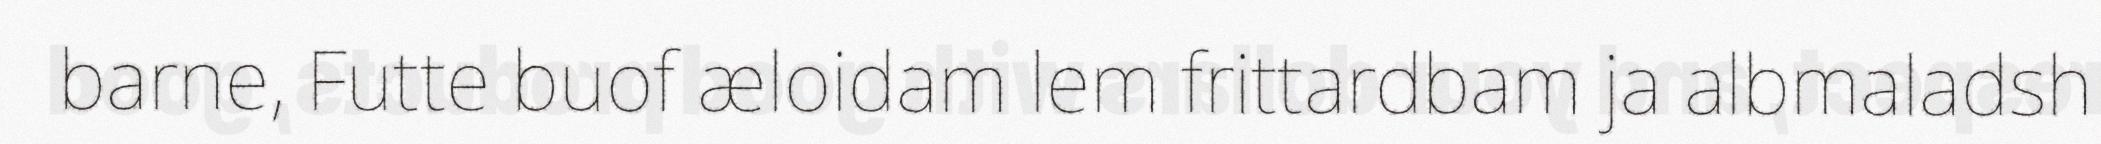
barne, Futte buof æloidam lem frittardbam ja albmaladsh